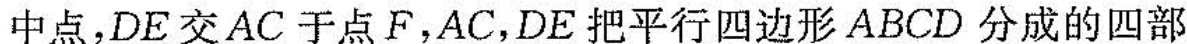
中点，DE交AC于点F，AC，DE把平行四边形ABCD分成的四部